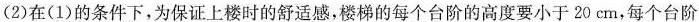
(2)在(1)的条件下，为保证上楼时的舒适感，楼梯的每个台阶的高度要小于20cm，每个台阶